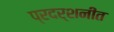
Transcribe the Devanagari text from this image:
प्रदर्शनीत